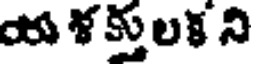
య ళ క్తులక ని